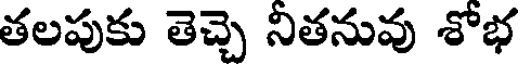
తలపుకు తెచ్చె నితనువు శోభ